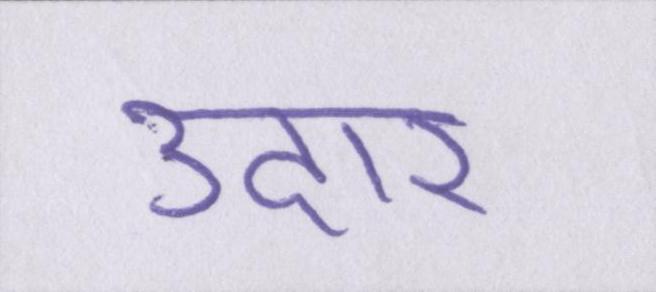
उदार